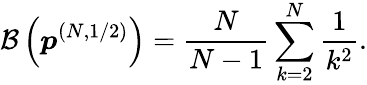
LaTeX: \mathcal{B}\left(\boldsymbol{p}^{(N,1/2)}\right)=\frac{N}{N-1}\sum_{k=2}^{N}\frac{1}{k^{2}}.